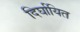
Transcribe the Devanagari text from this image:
दिर्घायित